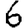
Digit: 6